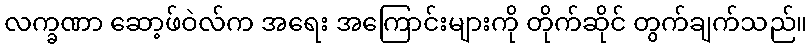
လက္ခဏာ ဆော့ဖ်ဝဲလ်က အရေး အကြောင်းများကို တိုက်ဆိုင် တွက်ချက်သည်။